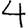
Digit: 4